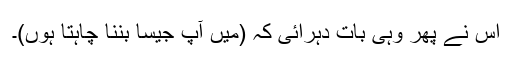
اس نے پھر وہی بات دہرائی کہ (میں آپ جیسا بننا چاہتا ہوں)۔